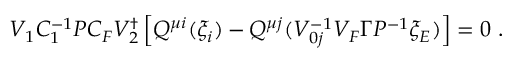
V _ { 1 } C _ { 1 } ^ { - 1 } { \cal P } C _ { F } V _ { 2 } ^ { \dagger } \left[ Q ^ { \mu i } ( \xi _ { i } ) - Q ^ { \mu j } ( V _ { 0 j } ^ { - 1 } V _ { F } \Gamma { \cal P } ^ { - 1 } \xi _ { E } ) \right] = 0 \ .